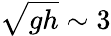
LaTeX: \sqrt{gh}\sim 3